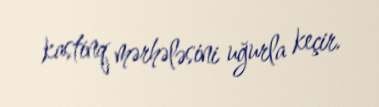
kastinq mərhələsini uğurla keçir.